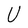
Character: U